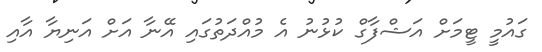
ގައުމީ ޓީމަށް އަޝްފާގް ކުޅުނު އެ މުއްދަތުގައި އޭނާ އަށް އަނިޔާ އާއި